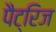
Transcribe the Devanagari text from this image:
पैट्रिज